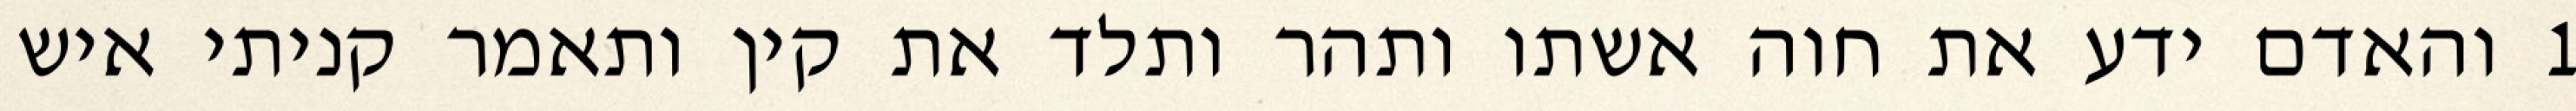
1 והאדם ידע את חוה אשתו ותהר ותלד את קין ותאמר קניתי איש